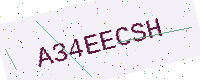
Text: A34EECSH